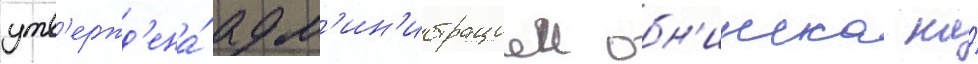
утв'ержд'ена́ адм'ин'истрациеи обн'инска на́